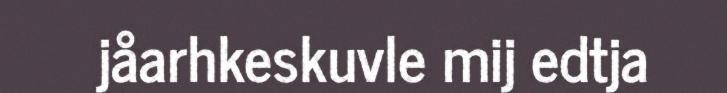
jåarhkeskuvle mij edtja